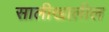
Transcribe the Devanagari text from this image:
सालीखालील